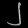
Digit: ၂